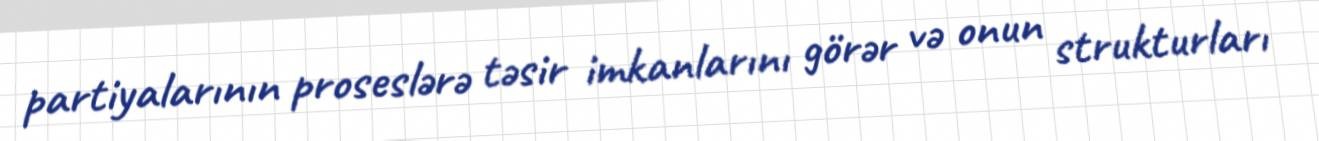
partiyalarının proseslərə təsir imkanlarını görər və onun strukturları